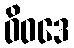
ဝိဝဒေ